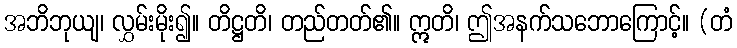
အဘိဘုယျ၊ လွှမ်းမိုး၍။ တိဋ္ဌတိ၊ တည်တတ်၏။ ဣတိ၊ ဤအနက်သဘောကြောင့်။ (တံ